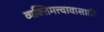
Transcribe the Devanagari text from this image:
व्यक्तिमत्त्वावासाठी